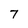
Character: 7